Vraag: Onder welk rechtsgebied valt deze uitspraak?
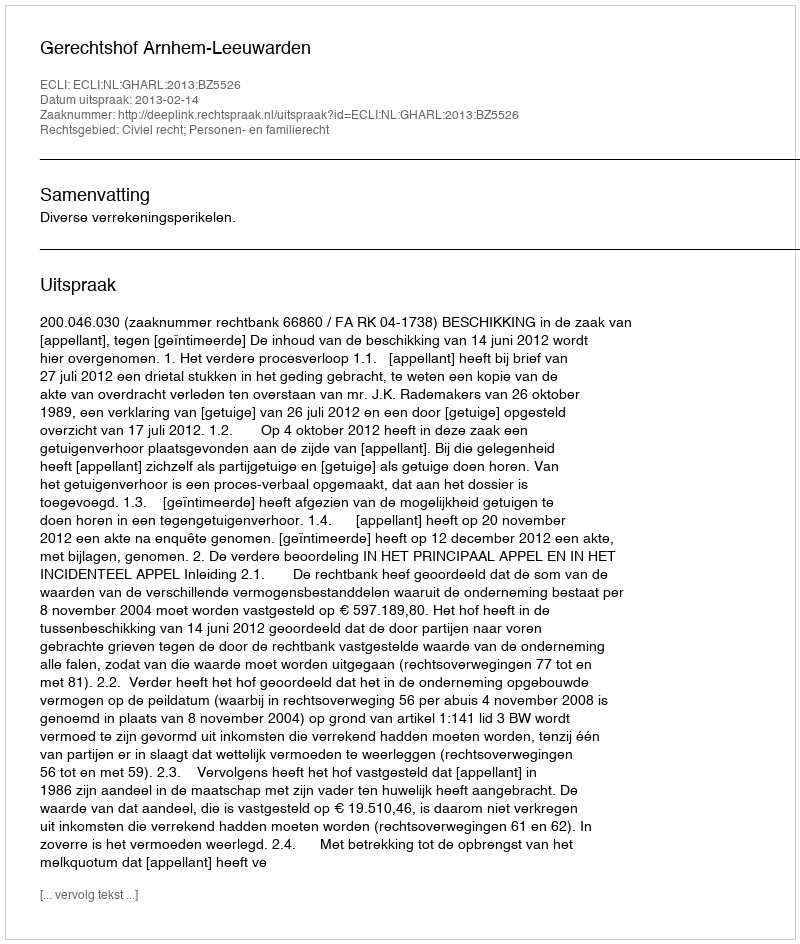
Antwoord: Civiel recht; Personen- en familierecht